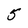
Character: 5